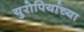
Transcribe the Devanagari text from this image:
युरोपियांच्या